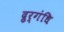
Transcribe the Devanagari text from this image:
द्रुर्गंधि